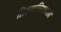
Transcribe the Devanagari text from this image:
तिरुवातिराकली